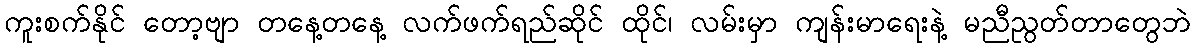
ကူးစက်နိုင် တော့ဗျာ တနေ့တနေ့ လက်ဖက်ရည်ဆိုင် ထိုင်၊ လမ်းမှာ ကျန်းမာရေးနဲ့ မညီညွတ်တာတွေဘဲ